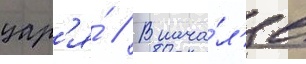
цар'я́ // В нача́л'е